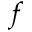
f